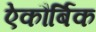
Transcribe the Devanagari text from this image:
ऐकौर्बिक